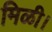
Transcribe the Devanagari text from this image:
मिळी।